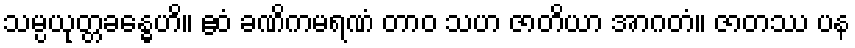
သမ္ပယုတ္တခန္ဓေဟိ။ ဧဝံ ခဏိကမရဏံ တာဝ သဟ ဇာတိယာ အာဂတံ။ ဇာတဿ ပန